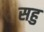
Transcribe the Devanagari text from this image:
सहु